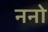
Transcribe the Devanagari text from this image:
ननो